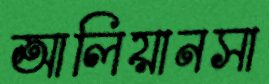
আলিয়ানসা